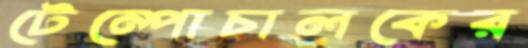
টেম্পোচালকের